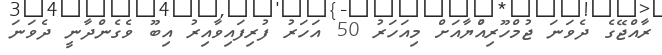
ރާއްޖޭގެ ދެވަނަ ޖުމްހޫރިއްުޔާއަށް މިއަހަރު 50 އަހަރު ފުރިފައިވާއިރު އިބޫ ވެގެންދާނީ ދެވަނަ